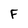
Character: F